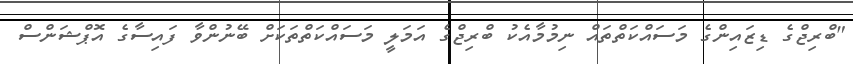
"ބްރިޖްގެ ޑިޒައިންގެ މަސައްކަތްތައް ނިމުމާއެކު ބްރިޖްގެ އަމަލީ މަސައްކަތްތަކަށް ބޭނުންވާ ފައިސާގެ އޮޕްޝަންސް